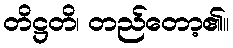
တိဋ္ဌတိ၊ တည်တော့၏။